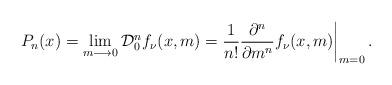
LaTeX: \begin{align*}\left.P_n(x)=\displaystyle\lim_{m\longrightarrow 0}\mathcal{D}_0^nf_{\nu}(x,m)=\frac{1}{n!}\frac{\partial^n}{\partial m^n}f_{\nu}(x,m)\right|_{m=0}.\end{align*}